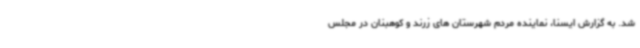
شد. به گزارش ایسنا، نماینده مردم شهرستان های زرند و کوهبنان در مجلس